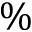
\%